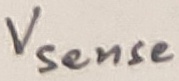
Text: Vsense